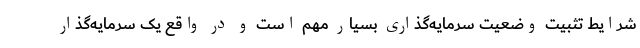
شرایط تثبیت وضعیت سرمایه‌گذاری بسیار مهم است و در واقع یک سرمایه‌گذار